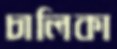
চালিকা